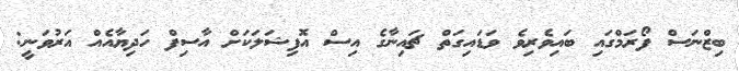
ބިޒްނަސް ފޯރަމްގައި ބައިވެރިވެ ވަޑައިގަތް ޗައިނާގެ އިސް އޮފިޝަލަކަށް އާސިފް ހަދިޔާއެއް އަރުވަނީ: